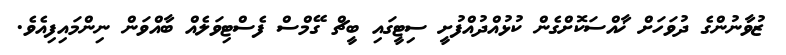
ޒުވާނުންގެ ދުވަހަށް ޚާއްސަކޮށްގެން ކުޅުއްދުއްފުށީ ސިޓީގައި ބީޗް ގޭމްސް ފެސްޓިވަލެއް ބާއްވަން ނިންމައިފިއެވެ.